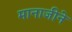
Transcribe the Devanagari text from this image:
मानाजीने